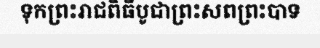
ទុកព្រះរាជពិធីបូជាព្រះសពព្រះបាទ